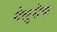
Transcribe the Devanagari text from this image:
गेलुसैक